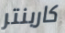
كاربنتر